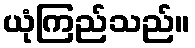
ယုံကြည်သည်။